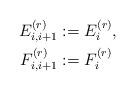
LaTeX: \begin{align*}E_{i,i+1}^{(r)} &:= E_{i}^{(r)}, \\F_{i,i+1}^{(r)} &:= F_i^{(r)}\end{align*}